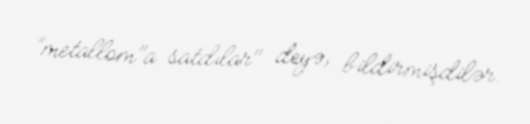
”metallom"a satdılar" deyə, bildirmişdilər.